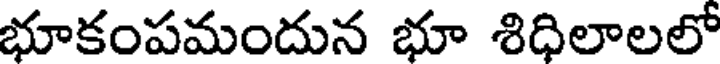
భూకంపమందున భూ శిధిలాలలో